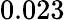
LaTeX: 0.023